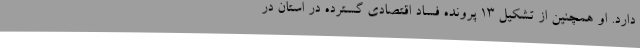
دارد. او همچنین از تشکیل 13 پرونده فساد اقتصادی گسترده در استان در